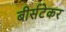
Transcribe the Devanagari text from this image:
बीर्सटेकर